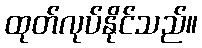
ထုတ်လုပ်နိုင်သည်။